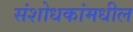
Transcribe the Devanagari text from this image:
संशोधकांमधील